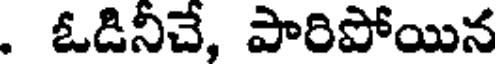
. ఓడినీచే, పారిపోయిన